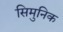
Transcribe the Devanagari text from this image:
सिमुनिक